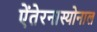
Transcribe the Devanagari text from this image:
ऐंतेरनास्योनाल